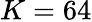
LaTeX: K=64